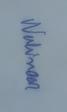
Signature authenticity: genuine